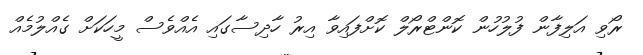
ރޯވި އަލިފާން ފުލުހުން ކޮންޓްރޯލް ކޮށްފައިވާ އިރު ހާދިސާގައި އެއްވެސް މީހަކަށް ގެއްލުމެއް